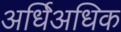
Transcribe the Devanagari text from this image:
अर्धिअधिक